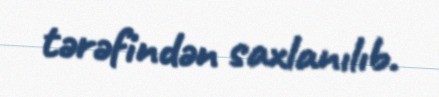
tərəfindən saxlanılıb.